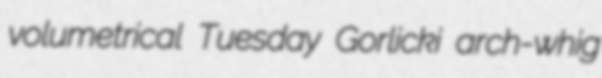
volumetrical Tuesday Gorlicki arch-whig